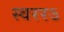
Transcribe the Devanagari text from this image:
स्वररऽ